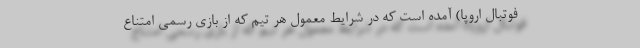
فوتبال اروپا) آمده است که در شرایط معمول هر تیم که از بازی رسمی امتناع